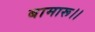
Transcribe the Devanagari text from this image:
बामारू।।